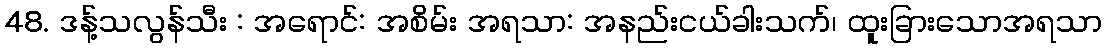
48. ဒန့်သလွန်သီး : အရောင်: အစိမ်း အရသာ: အနည်းငယ်ခါးသက်၊ ထူးခြားသောအရသာ